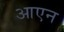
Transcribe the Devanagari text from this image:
आएन